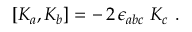
[ K _ { a } , K _ { b } ] = - \, 2 \, \epsilon _ { a b c } \ K _ { c } \ .